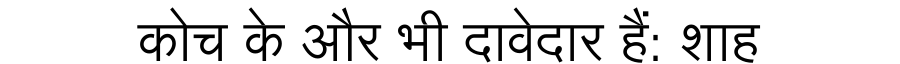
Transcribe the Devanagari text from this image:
कोच के और भी दावेदार हैं: शाह